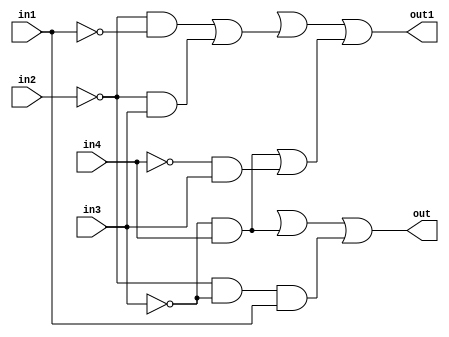
module Part4QuartusDesign(in1, in2, in3, in4, out, out1);

	input in1, in2, in3, in4;
	output out, out1;
	
	wire in1, in2, in3, in4, out, out1;
	wire and1out, and2out, and3out, and4out, and5out, and6out;
	wire or1out, or2out, or3out, orout4;
	wire not1out, not2out, not3out, not4out;
	
	not not1(not1out, in1);
	not not2(not2out, in2);
	not not3(not3out, in3);
	not not4(not4out, in4);

	and and1(and1out, not2out, not1out);
	and and2(and2out, and3out, in1);
	and and3(and3out, not2out, not3out);
	and and4(and4out, not2out, in3);
	and and5(and5out, not3out, in4);
	and and6(and6out, not4out, in3);

	or or1(out, orout1, and5out, and2out);
	or or2(orout2, and1out, and4out);
	or or3(out1, orout3, orout2, orout4);
	or or4(orout4, and5out, and6out);
		
endmodule